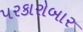
પરકારોબાર